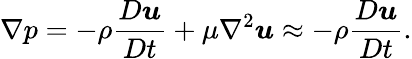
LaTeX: \nabla p=-\rho\frac{D\boldsymbol{u}}{Dt}+\mu\nabla^{2}\boldsymbol{u}\approx-\rho\frac{D\boldsymbol{u}}{Dt}.